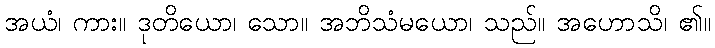
အယံ၊ ကား။ ဒုတိယော၊ သော။ အဘိသံမယော၊ သည်။ အဟောသိ၊ ၏။